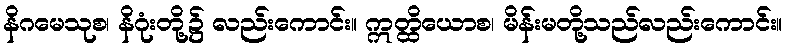
နိဂမေသုစ၊ နိဂုံးတို့၌ လည်းကောင်း။ ဣတ္ထိယောစ၊ မိန်းမတို့သည်လည်းကောင်း။